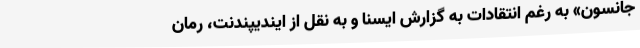
جانسون»‌ به رغم انتقادات به گزارش ایسنا و به نقل از ایندیپندنت، رمان